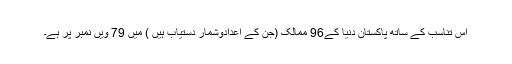
اس تناسب کے ساتھ پاکستان دنیا کے96 ممالک (جن کے اعدادوشمار دستیاب ہیں ) میں 79 ویں نمبر پر ہے۔